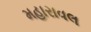
મહારાવલ